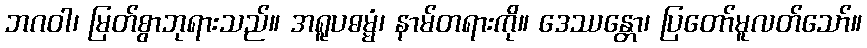
ဘဂဝါ၊ မြတ်စွာဘုရားသည်။ အရူပဓမ္မံ၊ နာမ်တရားကို။ ဒေဿန္တော၊ ပြတော်မူလတ်သော်။